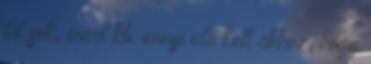
túl sok, mert kb. ennyi idő kell ahhoz, hogy